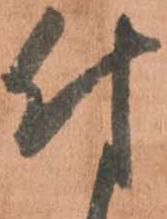
付